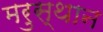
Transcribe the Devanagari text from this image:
मरुस्थान